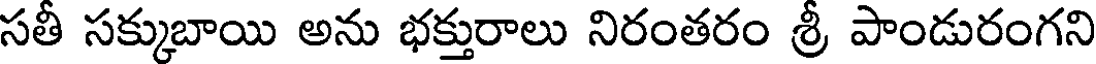
సతీ సక్కుబాయి అను భక్తురాలు నిరంతరం శ్రీ పాండురంగని